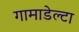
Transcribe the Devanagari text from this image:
गामाडेल्टा